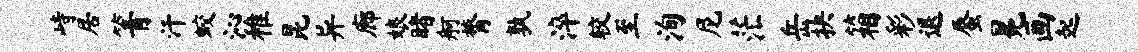
峙居箐汗蛟沁稚昆异廊娘睹舸膂孰淬较至洵尼茫岳抉箱彩退蜃冕画起